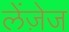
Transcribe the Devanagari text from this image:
लेंज़ेज